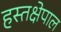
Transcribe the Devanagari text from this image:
हस्तक्षेपाल